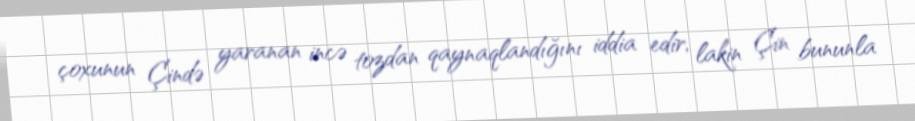
çoxunun Çində yaranan incə tozdan qaynaqlandığını iddia edir, lakin Çin bununla